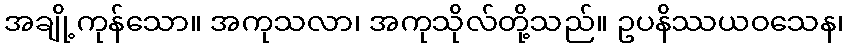
အချို့ကုန်သော။ အကုသလာ၊ အကုသိုလ်တို့သည်။ ဥပနိဿယဝသေန၊